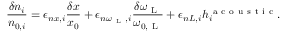
\frac { \delta n _ { i } } { n _ { 0 , i } } = \epsilon _ { n x , i } \frac { \delta x } { x _ { 0 } } + \epsilon _ { n \omega _ { \mathrm { ~ L ~ } } , i } \frac { \delta \omega _ { \mathrm { ~ L ~ } } } { \omega _ { 0 , \mathrm { ~ L ~ } } } + \epsilon _ { n L , i } h _ { i } ^ { \mathrm { ~ a ~ c ~ o ~ u ~ s ~ t ~ i ~ c ~ } } .